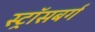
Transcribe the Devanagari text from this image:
स्ट्रॉसबर्ग